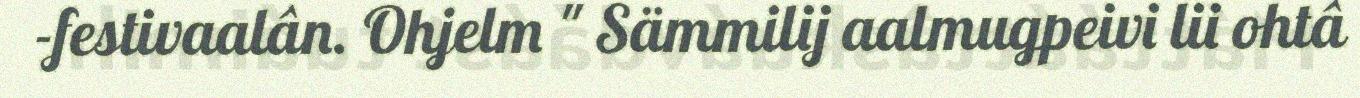
-festivaalân. Ohjelm " Sämmilij aalmugpeivi lii ohtâ